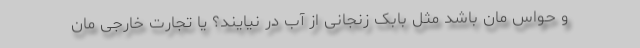
و حواس مان باشد مثل بابک زنجانی از آب در نیایند؟ یا تجارت خارجی مان